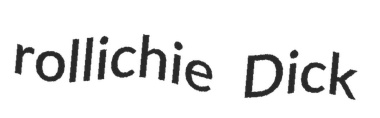
rollichie Dick